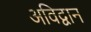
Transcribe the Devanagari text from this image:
अविद्वान